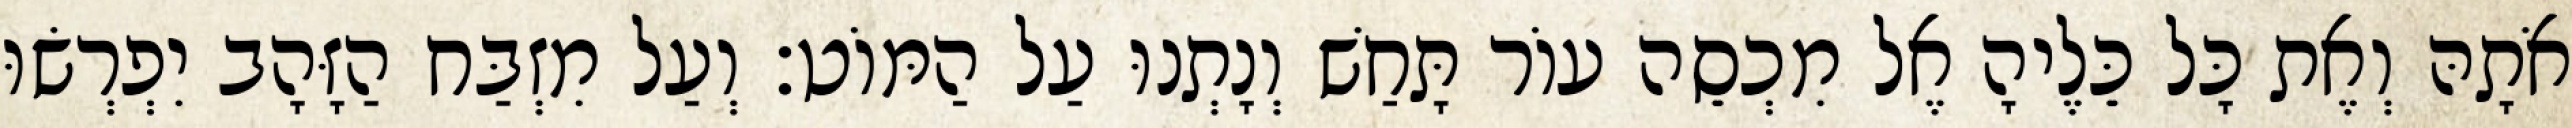
אֹתָהּ וְאֶת כָּל כֵּלֶיהָ אֶל מִכְסֵה עוֹר תָּחַשׁ וְנָתְנוּ עַל הַמּוֹט׃ וְעַל מִזְבַּח הַזָּהָב יִפְרְשׂוּ